Civil Veterinary Dept. Assam report 1927-50 - 1927-1950
Year: 1927
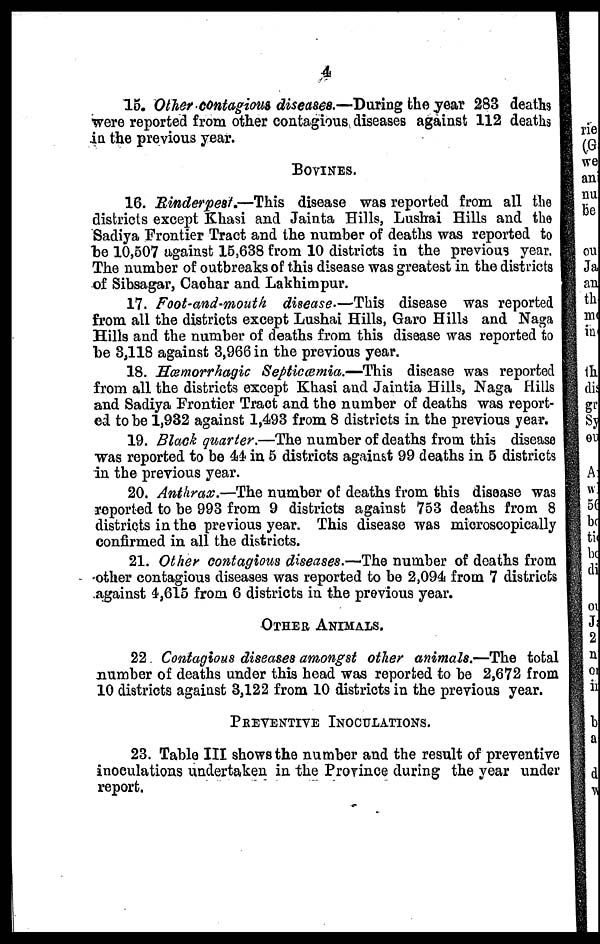
4
15. Other contagious diseases.—During the year 283 deaths
were reported from other contagious diseases against 112 deaths
in the previous year.
BOVINES.
16. Rinderpest.—This
disease was reported from all the
districts except Khasi and Jainta Hills, Lushai Hills and the
Sadiya Frontier Tract and the number of deaths was reported to
be 10,507 against 15,638 from 10 districts in the previous year.
The number of outbreaks of this disease was greatest in the districts
of Sibsagar, Cachar and Lakhimpur.
17. Foot-and-mouth disease.—This disease was reported
from all the districts except Lushai Hills, Garo Hills and Naga
Hills and the number of deaths from this disease was reported to
be 3,118 against 3,966 in the previous year.
18. Hæmorrhagic Septicæmia.—This
disease was reported
from all the districts except Khasi and Jaintia Hills, Naga Hills
and Sadiya Frontier Tract and the number of deaths was report-
ed to be 1,932 against 1,493 from 8 districts in the previous year.
19. Black quarter.—The number of deaths from this disease
was reported to be 44 in 5 districts against 99 deaths in 5 districts
in the previous year.
20. Anthrax.—The number of deaths from this disease was
reported to be 993 from 9 districts against 753 deaths from 8
districts in the previous year. This disease was microscopically
confirmed in all the districts.
21. Other contagious diseases.—The number of deaths from
other contagious diseases was reported to be 2,094 from 7 districts
against 4,615 from 6 districts in the previous year.
OTHER ANIMALS.
22. Contagious diseases amongst other animals.—The tota
number of deaths under this head was reported to be 2,672 from
10 districts against 3,122 from 10 districts in the previous year.
PREVENTIVE INOCULATIONS.
23. Table III shows the number and the result of preventiv
inoculations undertaken in the Province during the year under
report.